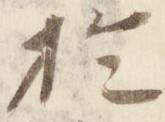
於